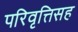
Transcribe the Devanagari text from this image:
परिवृत्तिसह